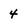
Character: 4